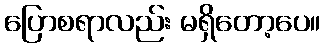
ပြောစရာလည်း မရှိတော့ပေ။